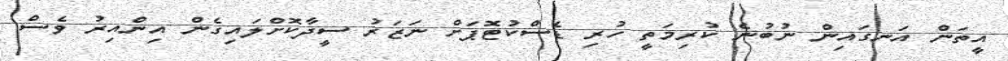
އީތަން އަނގައިން ނުބުނެ ކުރިމަތީ ހުރި ޑެސްކުޓޮޕަށް ނަޒަރު ސީދާކޮށްލައިގެން އިންއިރު ވެސް